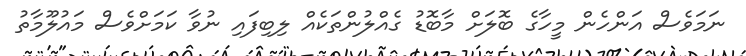
ނަމަވެސް އަންހެން މީހާގެ ބޮލަށް މާބޮޑު ގެއްލުންތަކެއް ލިބިފައި ނުވާ ކަމަށްވެސް މައުލޫމާތު